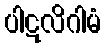
ပါဋလိဂါမံ